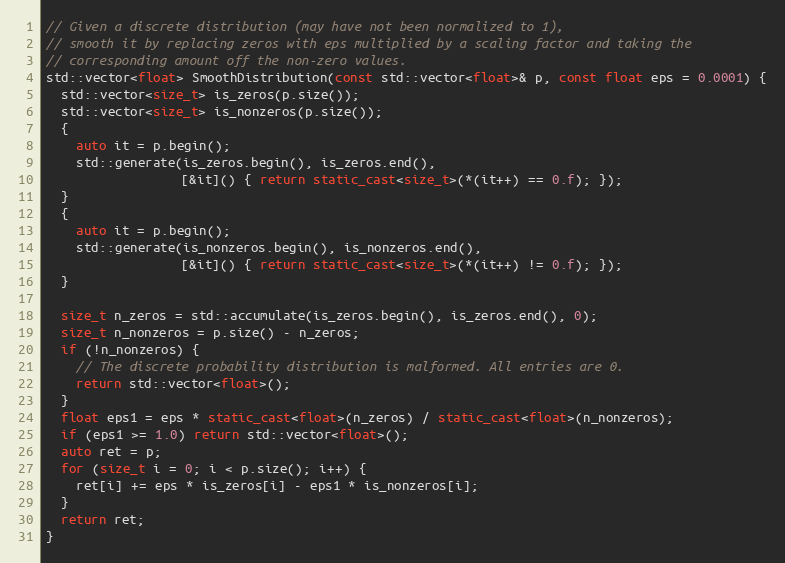
Language: C++
// Given a discrete distribution (may have not been normalized to 1),
// smooth it by replacing zeros with eps multiplied by a scaling factor and taking the
// corresponding amount off the non-zero values.
std::vector<float> SmoothDistribution(const std::vector<float>& p, const float eps = 0.0001) {
  std::vector<size_t> is_zeros(p.size());
  std::vector<size_t> is_nonzeros(p.size());
  {
    auto it = p.begin();
    std::generate(is_zeros.begin(), is_zeros.end(),
                  [&it]() { return static_cast<size_t>(*(it++) == 0.f); });
  }
  {
    auto it = p.begin();
    std::generate(is_nonzeros.begin(), is_nonzeros.end(),
                  [&it]() { return static_cast<size_t>(*(it++) != 0.f); });
  }

  size_t n_zeros = std::accumulate(is_zeros.begin(), is_zeros.end(), 0);
  size_t n_nonzeros = p.size() - n_zeros;
  if (!n_nonzeros) {
    // The discrete probability distribution is malformed. All entries are 0.
    return std::vector<float>();
  }
  float eps1 = eps * static_cast<float>(n_zeros) / static_cast<float>(n_nonzeros);
  if (eps1 >= 1.0) return std::vector<float>();
  auto ret = p;
  for (size_t i = 0; i < p.size(); i++) {
    ret[i] += eps * is_zeros[i] - eps1 * is_nonzeros[i];
  }
  return ret;
}